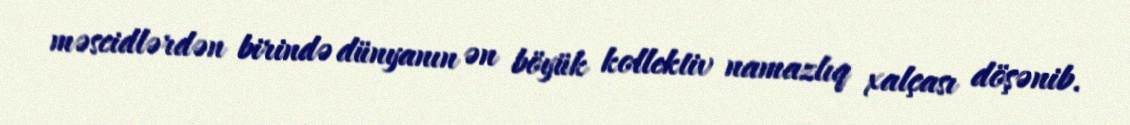
məscidlərdən birində dünyanın ən böyük kollektiv namazlıq xalçası döşənib.